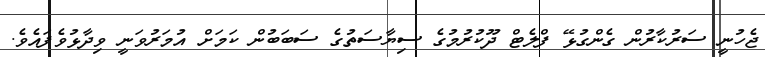
ޖެހުނީ ސަރުކާރުން ގެންގުޅޭ ފްލެޓް ދޫކުރުމުގެ ސިޔާސަތުގެ ސަބަބުން ކަމަށް އުމަރުވަނީ ވިދާޅުވެފައެވެ.